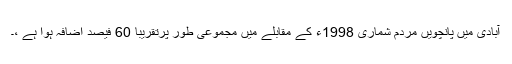
آبادی میں پانچویں مردم شماری 1998ء کے مقابلے میں مجموعی طور پرتقریباً 60 فیصد اضافہ ہوا ہے ،۔